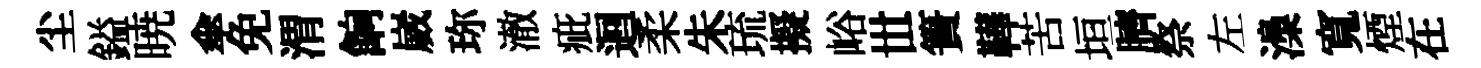
尘鎰暁傘免渭餉崴珎澈疵迴柔朱琉擬峪𠀍簣鞾苦垣臍祭左𣻏寬煙在